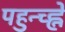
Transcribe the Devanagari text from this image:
पहुन्च्ह्ने